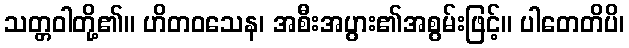
သတ္တဝါတို့၏။ ဟိတဝသေန၊ အစီးအပွား၏အစွမ်းဖြင့်။ ပါတေတိပိ၊